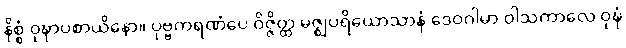
နိစ္စံ ဝုဍ္ဎာပစာယိနော။ ပုဗ္ဗကရဏံပေ ဝိဇ္ဇိတ္ထ မဇ္ဈပရိယောသာနံ ဒေဝဂါမာ ဝါသကာလေ ဝုဍ္ဎံ